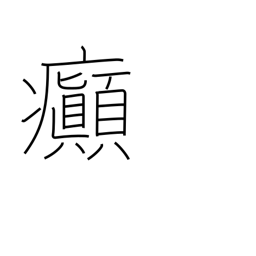
Meaning: insanity